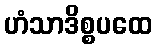
ဟံသာဒိစ္စပထေ